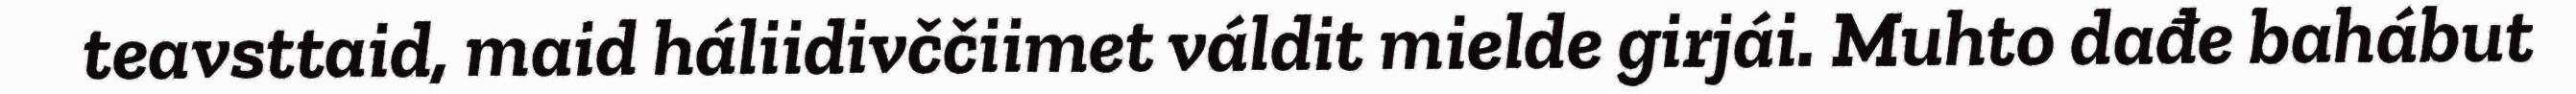
teavsttaid, maid háliidivččiimet váldit mielde girjái. Muhto dađe bahábut